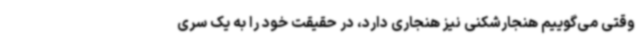
وقتی می‌گوییم هنجارشکنی نیز هنجاری دارد، در حقیقت خود را به یک سری